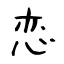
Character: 恋